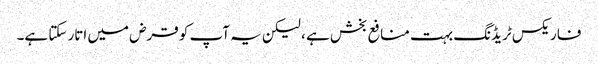
فاریکس ٹریڈنگ بہت منافع بخش ہے ، لیکن یہ آپ کو قرض میں اتار سکتا ہے۔